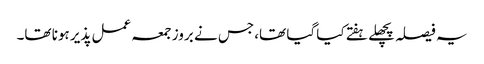
یہ فیصلہ پچھلے ہفتے کیا گیا تھا، جس نے بروز جمعہ عمل پذیر ہونا تھا۔